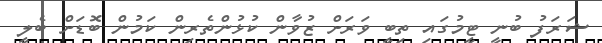
ޝަރަފު ބުނީ ޓީމުގައި ތިބީ ވަރަށް ޒުވާން ކުޅުންތެރިން ކަމުން ބޮޑަށް ބެލީ